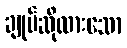
ချုပ်ဆိုထားသော